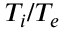
T _ { i } / T _ { e }